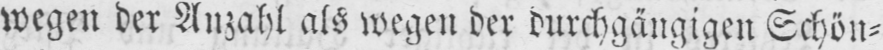
wegen der Anzahl als wegen der durchgängigen Schön⸗